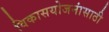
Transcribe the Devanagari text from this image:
विकासयोजनांसाठी